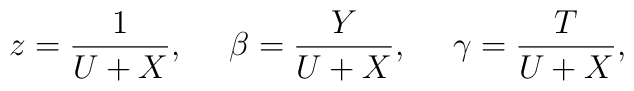
z = \frac{1}{U + X}, \ \ \ \ \beta = \frac{Y}{U+X}, \ \ \ \ \gamma = \frac{T}{U+X},